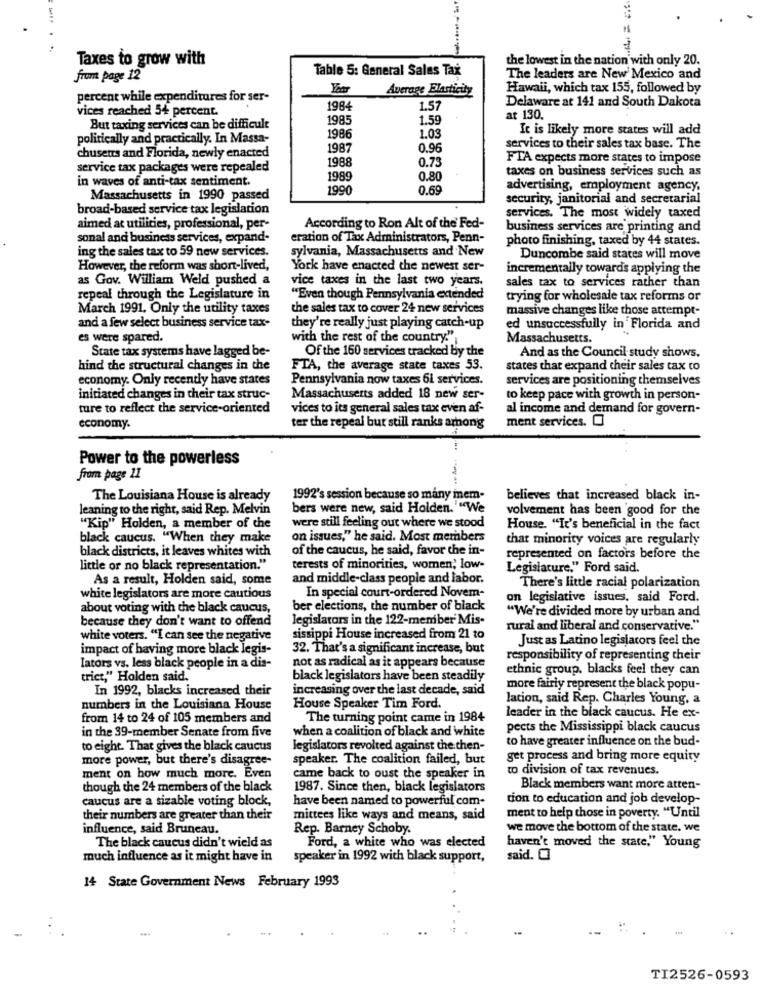
Taxes to grow with
the lowest in the nation with only 20.
Table 5: General Sales Tax
from page 12
The leaders are New Mexico and
Average Elasticity
Hawaii, which tax 155, followed by
percent while expenditures for ser-
Delaware at 141 and South Dakota
vices reached 54 percent.
1984
1.57
1985
1.59
at 130.
But taxing services can be difficult
It is likely more states will add
politically and practically. In Massa-
1986
1.03
1987
0.96
services to their sales tax base. The
chusens and Florida, newly enacted
1988
0.73
FTA expects more states to impose
service tax packages were repealed
taxes on business services such as
in waves of anti-tax sentiment.
1989
0.80
1990
0.69
advertising, employment agency.
Massachusetts in 1990 passed
security, janitorial and secretarial
broad-based service tax legislation
services. The most widely taxed
aimed at utilities, professional, per-
According to Ron Alt of the Fed-
business services are printing and
sonal and business services, expand-
eration of Tax Administrators, Penn-
photo finishing, taxed by 44 states.
ing the sales tax to 59 new services.
sylvania, Massachusetts and New
Duncombe said states will move
However, the reform was short-lived,
York have enacted the newest ser-
incrementally towards applying the
as Gov. William Weld pushed a
vice taxes in the last two years.
sales tax to services rather than
repeal through the Legislature in
"Even though Pennsylvania extended
trying for wholesale tax reforms or
March 1991. Only the utility taxes
the sales tax to cover 24 new services
massive changes like those attempt-
and a few select business service tax-
they're really just playing catch-up
ed unsuccessfully in Florida and
es were spared.
with the rest of the country."
Massachusetts
State tax systems have lagged be-
And as the Council study shows.
Of the 160 services tracked by the
hind the structural changes in the
FTA, the average state taxes 53.
states that expand their sales tax to
economy. Only recently have states
Pennsylvania now taxes 6L services.
services are positioning themselves
initiated changes in their tax struc-
Massachusetts added 18 new ser-
to keep pace with growth in person-
ture to reflect the service-oriented
vices to its general sales tax even af-
al income and demand for govern-
ment services.
economy.
ter the repeal but still ranks among
Power to the powerless
from page 11
The Louisiana House is already
1992's session because so many mem-
believes that increased black in-
leaning to the right, said Rep. Melvin
bers were new, said Holden. ""We
volvement has been good for the
"Kip" Holden, a member of the
were still feeling out where we stood
House. "It's beneficial in the fact
black caucus. "When they make
on issues," he said. Most members
that minority voices are regularly
black districts, it leaves whites with
of the caucus, he said, favor the in-
represented on factors before the
little or no black representation."
terests of minorities, women; low-
Legislature." Ford said
As a result, Holden said, some
and middle-class people and labor.
In special court-ordered Novem-
There's little racial polarization
white legislators are more cautious
on legislative issues, said Ford.
about voting with the black caucus,
ber elections, the number of black
because they don't want to offend
legislators in the 122-member' Mis-
"We're divided more by urban and
rural and liberal and conservative."
white voters. "I can see the negative
sissippi House increased from 21 to
Just as Latino legislators feel the
impact of having more black legis-
32. That's a significant increase, but
not as radical as it appears because
responsibility of representing their
Iators vs. less black people in a dis-
ethnic group, blacks feel they can
trict," Holden said.
black legislators have been steadily
In 1992, blacks increased their
increasing over the last decade, said
more fairly represent the black popu-
lation, said Rep. Charles Young, a
numbers in the Louisiana House
House Speaker Tim Ford.
from 14 to 24 of 105 members and
The turning point came in 1984
leader in the black caucus. He ex-
in the 39-member Senate from five
when a coalition of black and white
pects the Mississippi black caucus
to have greater influence on the bud-
to eight. That gives the black caucus
legislators revolted against the then-
more power, but there's disagree-
speaker. The coalition failed, but
get process and bring more equity
to division of tax revenues.
ment on how much more. Even
came back to oust the speaker in
though the 24 members of the black
1987. Since then, black legislators
Black members want more atten-
caucus are a sizable voting block,
have been named to powerful com-
tion to education and job develop-
ment to help those in poverty. "Until
their numbers are greater than their
mittees like ways and means, said
influence, said Bruneau.
Rep. Barney Schoby.
we move the bottom of the state. we
The black caucus didn't wield as
Ford, a white who was elected
haven't moved the state," Young
much influence as it might have in
speaker in 1992 with black support,
said. 0
14 State Government News February 1993
-
TI2526-0593